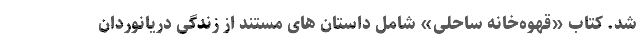
شد. کتاب «قهوه‌خانه ساحلی» شامل داستان های مستند از زندگی دریانوردان